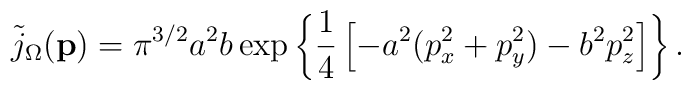
\tilde{j}_\Omega({\bf p}) = \pi^{3/2} a^2 b \exp	\left\{ \frac{1}{4} \left[ -a^2 (p_x^2 + p_y^2) - b^2 p_z^2	\right] \right\}.